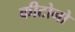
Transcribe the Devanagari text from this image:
कीटोनो